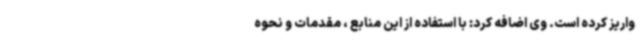
واریز کرده است. وی اضافه کرد: با استفاده از این منابع ، مقدمات و نحوه